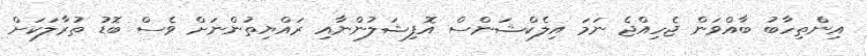
އިންތިހާބު ބާއްވަން ޖެހިއްޖެ ނަމަ އިލެކްޝަންސް އޮފިޝަލުންނާއި ރައްޔިތުންނަށް ވެސް ބޮޑު ތުރާލަކަށް